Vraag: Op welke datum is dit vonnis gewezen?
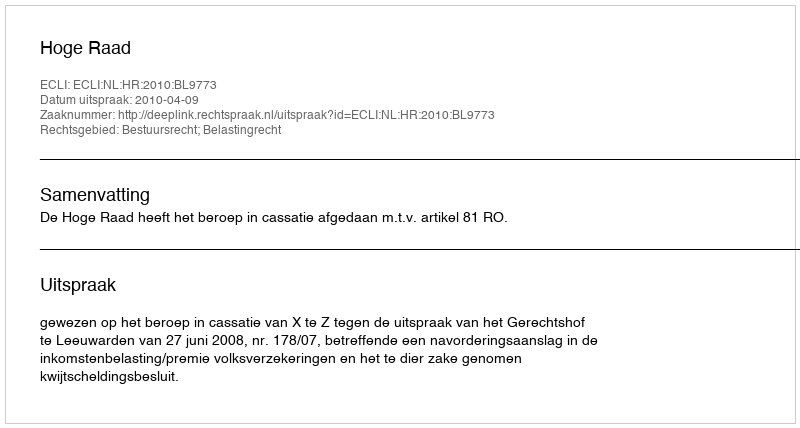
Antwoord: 2010-04-09